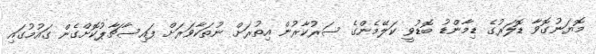
މޮޔަނުގޮވާ ޑޮލަރުގެ ޑިމާންޑު ބޮޑުވީ ކަލޭމެންގެ ސަރުކާރުން އިތުރަށް ނުތަކާވަރަށް ފައިސާޗާޕުކޮށްގެން ގައުމުގައި